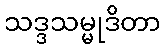
သဒ္ဒသမ္မုဒိတာ